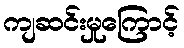
ကျဆင်းမှုကြောင့်